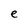
Character: e